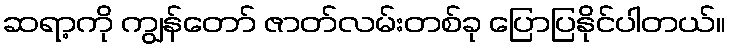
ဆရာ့ကို ကျွန်တော် ဇာတ်လမ်းတစ်ခု ပြောပြနိုင်ပါတယ်။